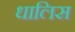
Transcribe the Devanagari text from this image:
धालिस